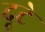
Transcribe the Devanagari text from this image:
दूटे